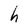
Character: h